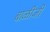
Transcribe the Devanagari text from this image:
बाळीजी